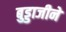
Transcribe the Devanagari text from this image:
बुड्डाजीने